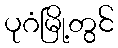
ပုဂံမြို့တွင်